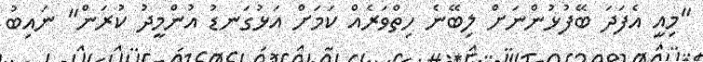
"މިއީ އެފަދަ ބޭފުޅުންނަށް ލިބޭނެ ހިތްވަރެއް ކަމަށް އަޅުގަނޑު އުންމީދު ކުރަން" ނައިބު